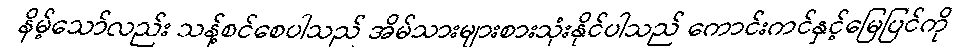
နိမ့်သော်လည်း သန့်စင်စေပါသည် အိမ်သားများစားသုံးနိုင်ပါသည် ကောင်းကင်နှင့်မြေပြင်ကို